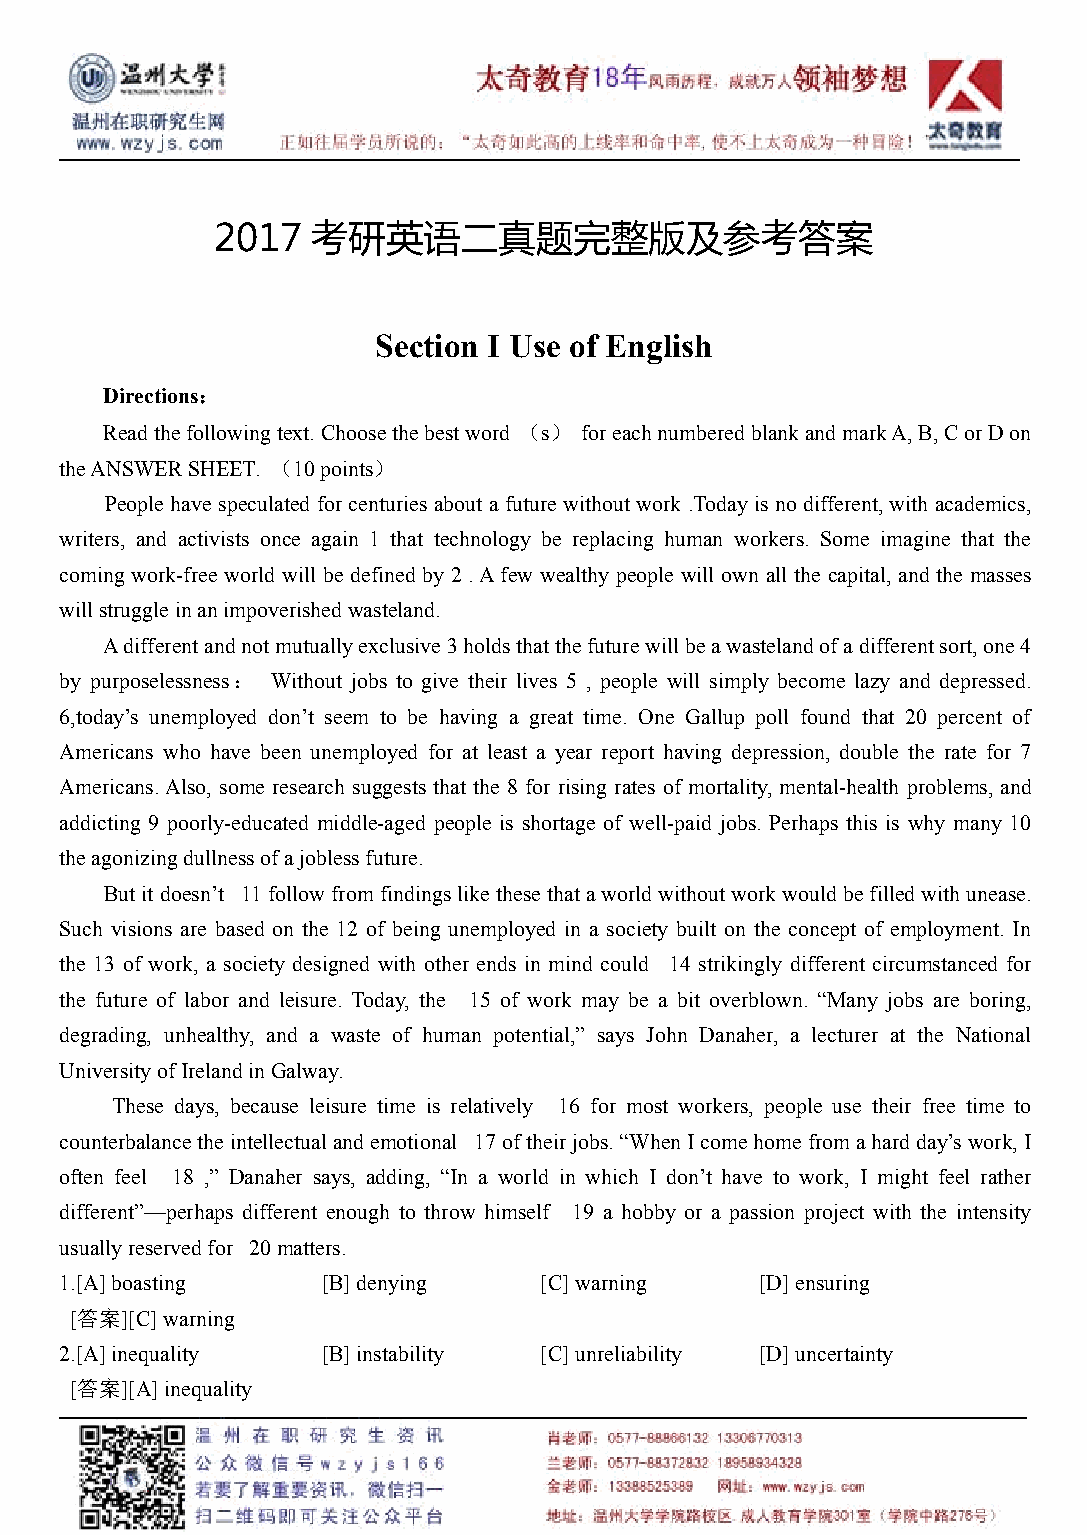
2017   考研英语二真题完整版及参考答案
 Section I Use of English
 Directions：
 Readthefollowingtext.Choosethebestword （s） foreachnumberedblankandmarkA,B,CorDon
 theANSWERSHEET. （10points）
 People have speculated forcenturies abouta future without work .Today is no different,with academics,
 writers, and activists once again 1 that technology be replacing human workers. Some imagine that the
 coming work-free world will be defined by 2 .Afew wealthy people will own all the capital, and the masses
 willstruggleinanimpoverishedwasteland.
 Adifferentandnotmutuallyexclusive3holdsthatthefuturewillbeawastelandofadifferentsort,one4
 by purposelessness： Without jobs to give their lives 5 , people will simply become lazy and depressed.
 6,today’s unemployed don’t seem to be having a great time. One Gallup poll found that 20 percent of
 Americans who have been unemployed for at least a year report having depression, double the rate for 7
 Americans.Also, some research suggests that the 8 for rising rates of mortality, mental-health problems, and
 addicting 9 poorly-educated middle-aged people is shortage of well-paid jobs. Perhaps this is why many 10
 theagonizingdullnessofajoblessfuture.
 Butitdoesn’t 11followfromfindingslikethesethataworldwithoutworkwouldbefilledwith unease.
 Such visions are based on the 12 of being unemployed in a society built on the concept of employment. In
 the 13 of work, a society designed with other ends in mind could 14 strikingly different circumstanced for
 the future of labor and leisure. Today, the 15 of work may be a bit overblown. “Many jobs are boring,
 degrading, unhealthy, and a waste of human potential,” says John Danaher, a lecturer at the National
 UniversityofIrelandinGalway.
 These days, because leisure time is relatively 16 for most workers, people use their free time to
 counterbalancetheintellectualandemotional 17oftheirjobs.“WhenIcomehomefromahardday’swork,I
 often feel 18 ,” Danaher says, adding, “In a world in which I don’t have to work, I might feel rather
 different”—perhaps different enough to throw himself 19 a hobby or a passion project with the intensity
 usuallyreservedfor 20matters.
 1.[A]boasting    [B]denying     [C]warning    [D]ensuring
 [答案][C]warning
 2.[A]inequality  [B]instability [C]unreliability [D]uncertainty
 [答案][A]inequality